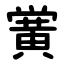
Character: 黉